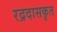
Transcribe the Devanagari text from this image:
रद्रदासकृत